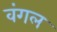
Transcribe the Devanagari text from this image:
वंगल